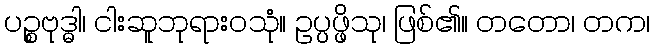
ပဉ္စဗုဒ္ဓါ၊ ငါးဆူဘုရားဝသုံ။ ဥပ္ပဖ္ဖိသု၊ ဖြစ်၏။ တတော၊ တက၊